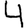
Digit: 4